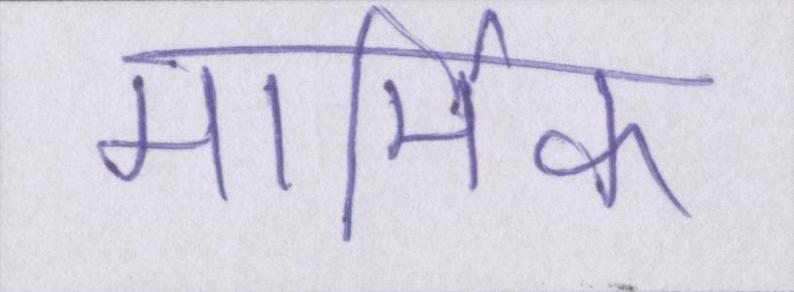
मार्मिक